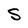
Character: S